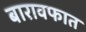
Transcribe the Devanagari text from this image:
बारावफात